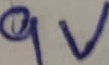
Text: 9V